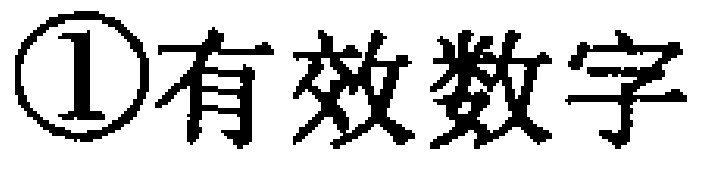
\textcircled{1}有效数字